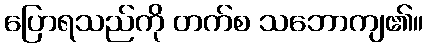
ပြောရသည်ကို တက်စ သဘောကျ၏။